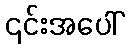
၎င်းအပေါ်